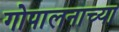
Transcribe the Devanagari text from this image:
गोपालनाच्या